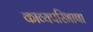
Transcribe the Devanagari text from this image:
काव्यपरिभाषा